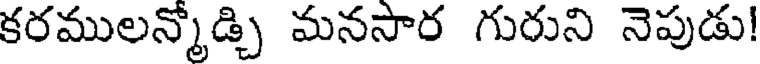
కరములన్మోడ్చి మనసార గురుని నెపుడు!